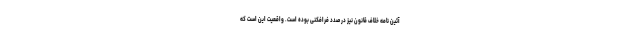
آئین نامه خلاف قانون نیز در صدد فرافکنی بوده است. واقعیت این است که